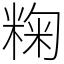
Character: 粷